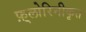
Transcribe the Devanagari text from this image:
फ़्लोरिनीकृत